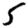
Digit: 5